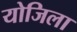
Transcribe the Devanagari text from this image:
योजिला